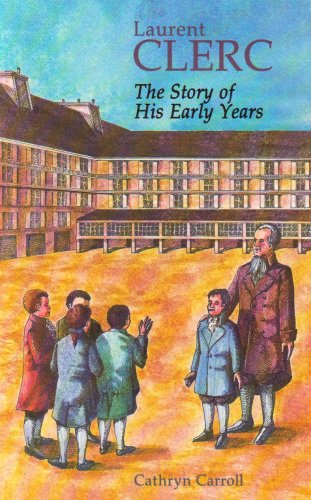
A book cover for Laurent Clerc: The Story of His Early Years; Cathryn Carroll; Teen & Young Adult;